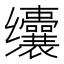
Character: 𱺰